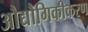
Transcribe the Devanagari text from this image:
औद्यौगिकीकरण